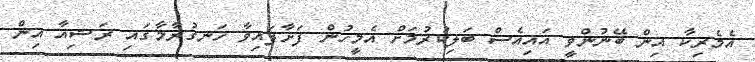
އެމެރިކާ އިން ބޭނުންވީ އައިއެސް ބަލިކުރުމަށް އެމީހުން ފަށާފައިވާ ހަނގުރާމާގައި ރަޝިއާ އިން